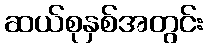
ဆယ်စုနှစ်အတွင်း